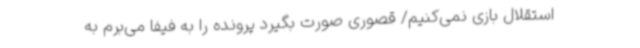
استقلال بازی نمی‌کنیم/ قصوری صورت بگیرد پرونده را به فیفا می‌برم به